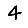
Digit: 4